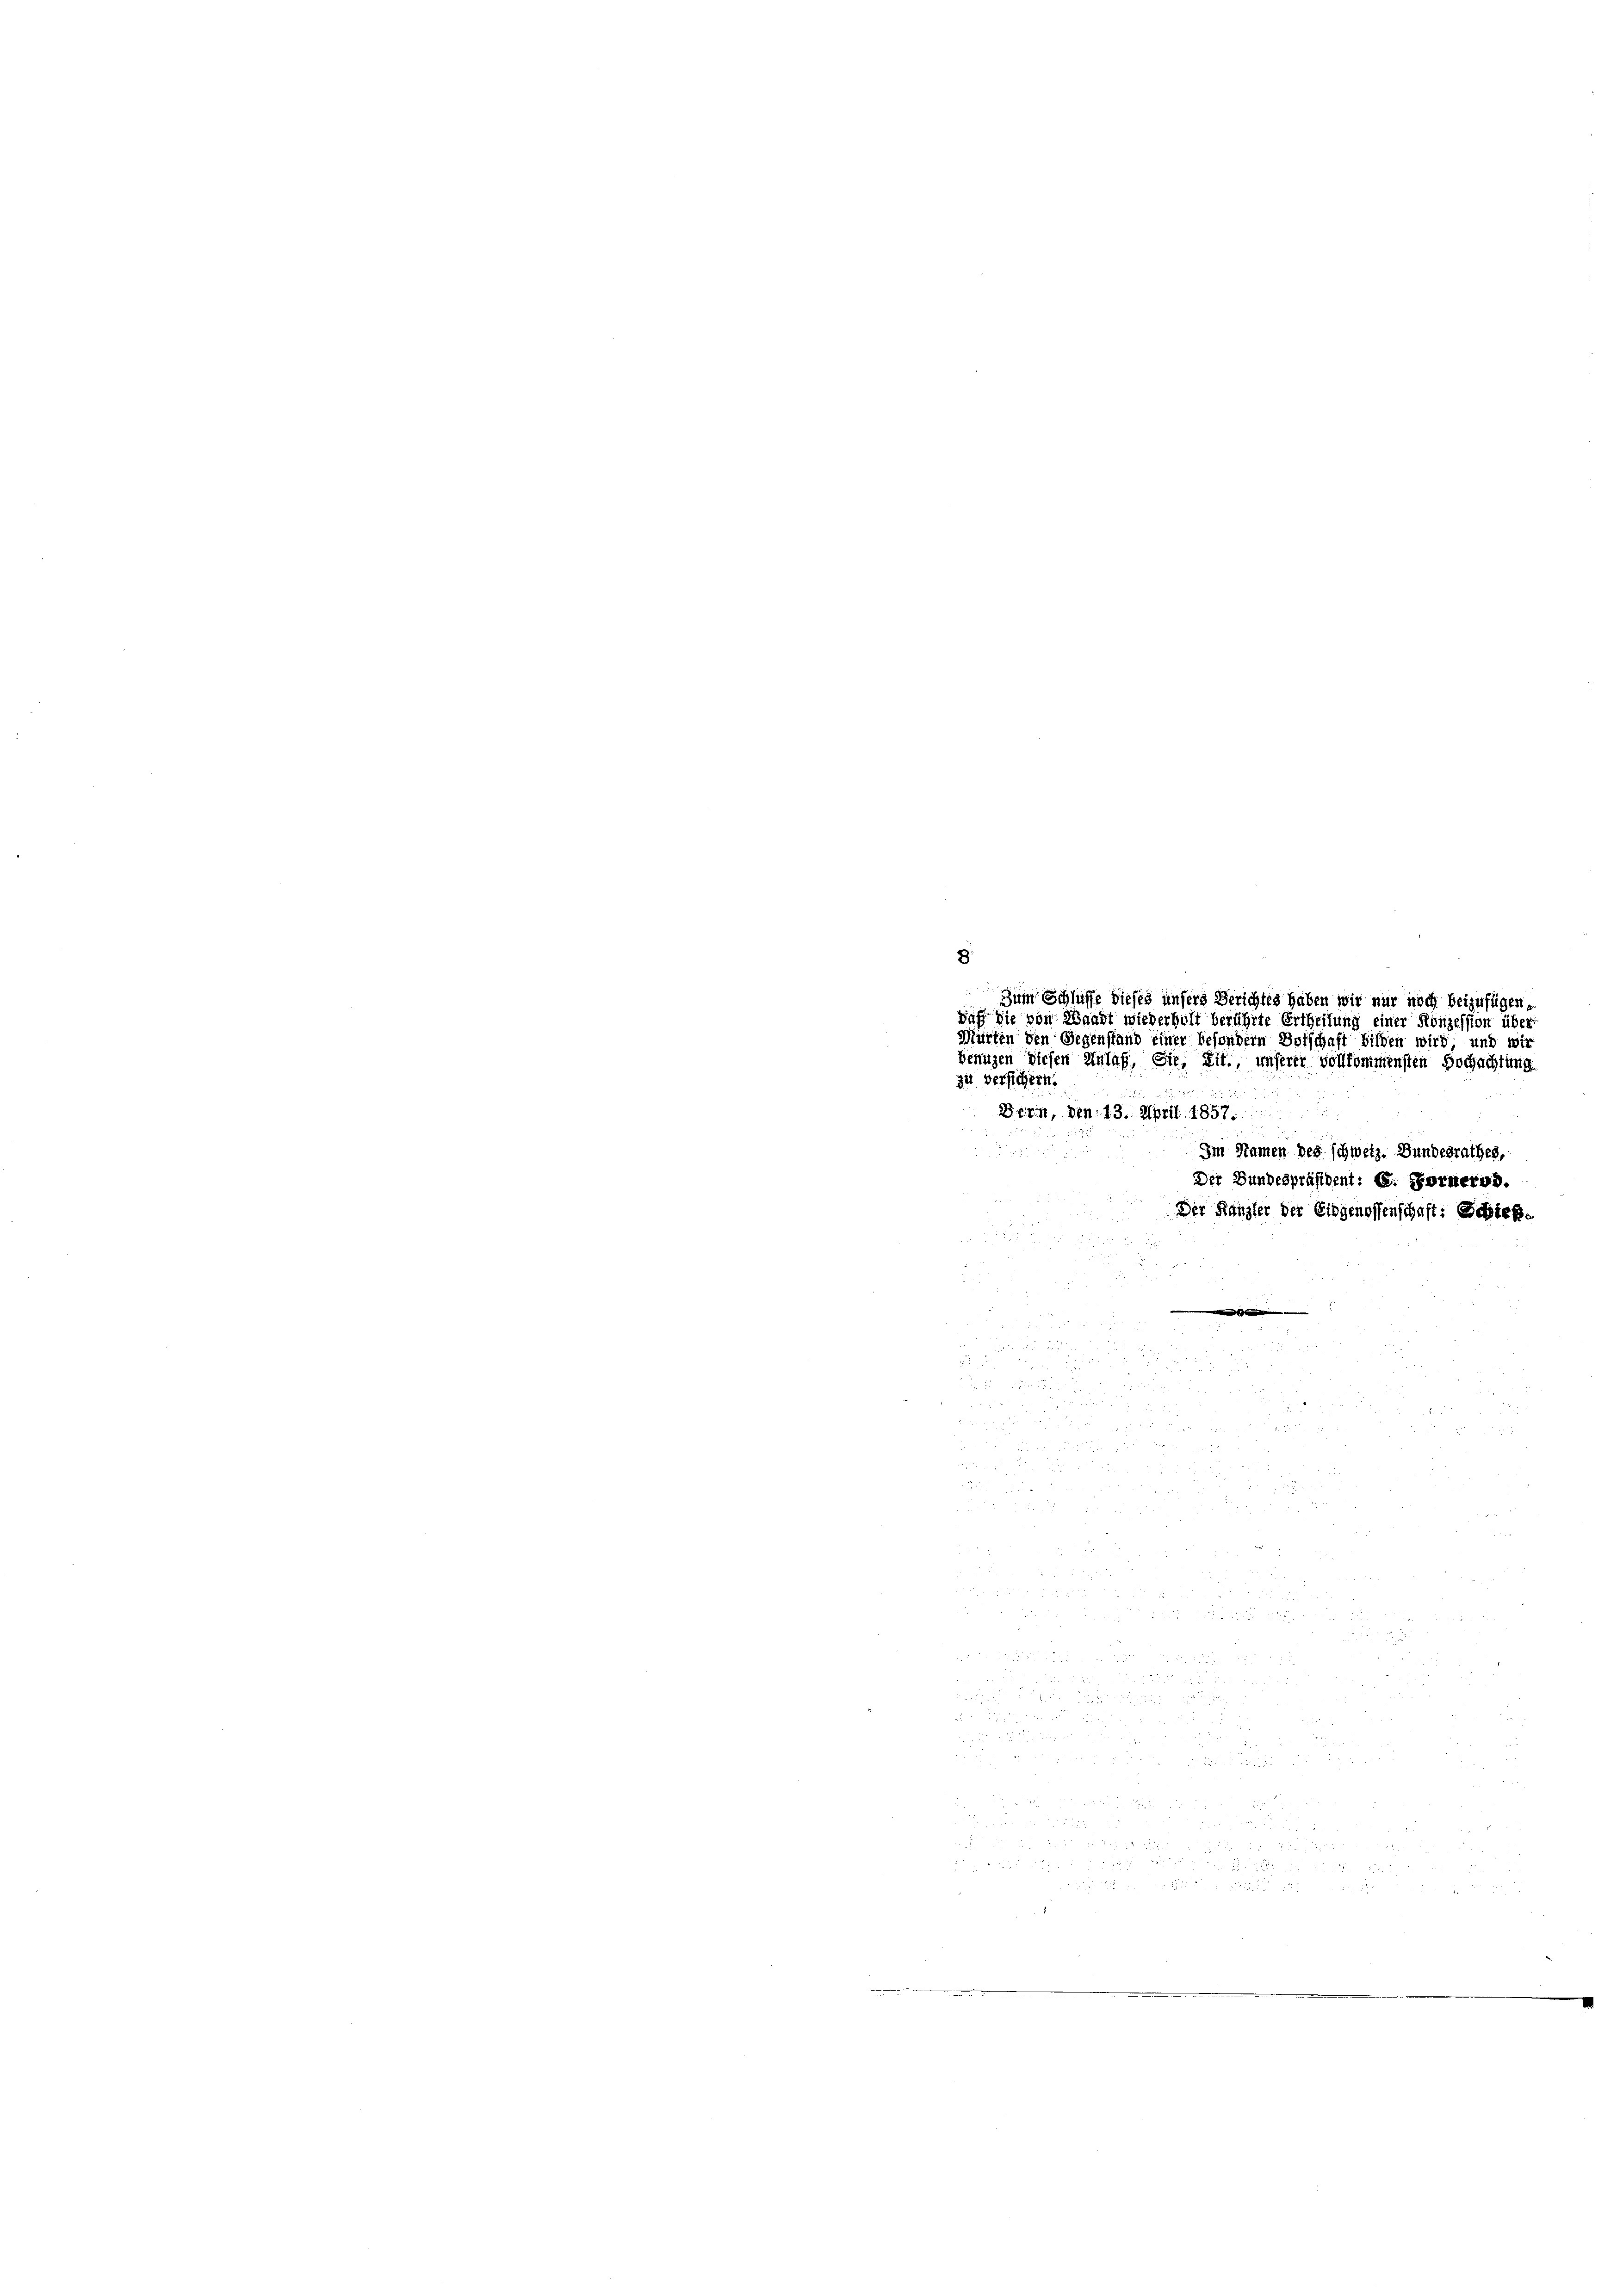
8.
Zum Schlüsse dieses unsers Berichtes haben wir nur noch beizufügen,
Daß die von Waadt wiederholt berührte Ertheilung einer Konzession über¬
Marten den Gegenstand einer besondern Botschaft bilden wird und wir
Benuzen diesen Anlaß, sie, Lit., unserer vollkommensten Hochachtung
2
zu Versichern.
u
Bern, den 13. April 1857.
Im Namen des schweiz. Bundesrathes,
Der Bundespräsident: C. Fornervd.
Der Kanzler der Eingenossenschaft: Schick¬

3
55

d

2 84 28
a
 52 x

2 x 2